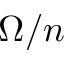
\Omega / n